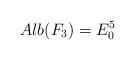
LaTeX: \begin{align*} Alb(F_3)=E_0^5\end{align*}